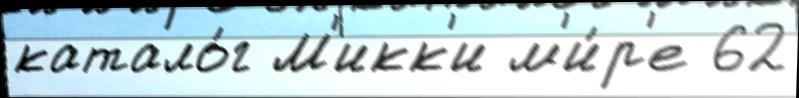
катало́г М'икк'и м'и́р'е 62